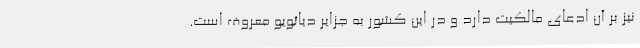
نیز بر آن ادعای مالکیت دارد و در این کشور به جزایر دیائویو معروف است.